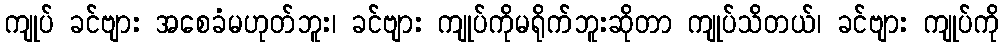
ကျုပ် ခင်ဗျား အစေခံမဟုတ်ဘူး၊ ခင်ဗျား ကျုပ်ကိုမရိုက်ဘူးဆိုတာ ကျုပ်သိတယ်၊ ခင်ဗျား ကျုပ်ကို